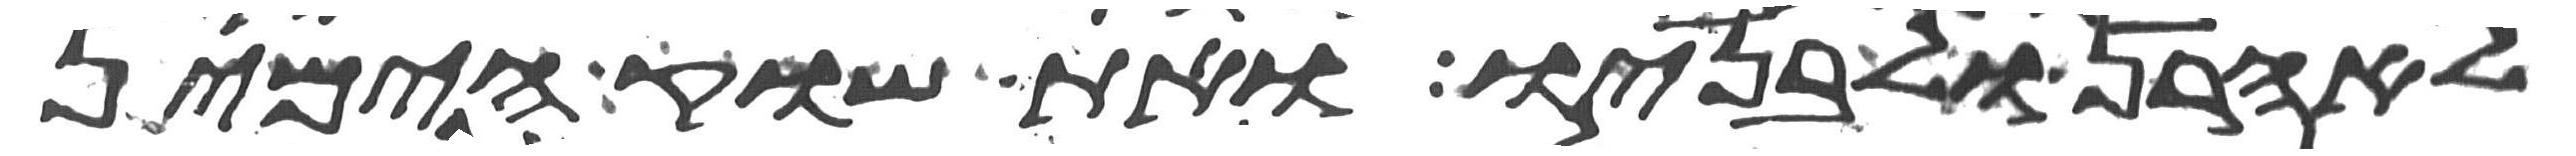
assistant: לאהרן ולבניו ואת שוק הימין